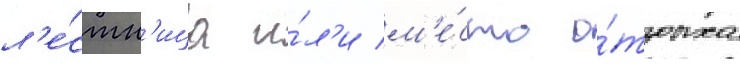
л'е́стн'ица и́л'и м'е́сто о́тдыха